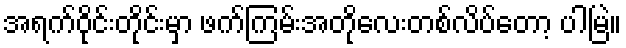
အရက်ဝိုင်းတိုင်းမှာ ဖက်ကြမ်းအတိုလေးတစ်လိပ်တော့ ပါမြဲ။